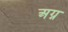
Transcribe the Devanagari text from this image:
अग्न